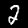
Digit: 2